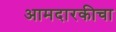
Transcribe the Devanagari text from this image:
आमदारकीचा